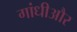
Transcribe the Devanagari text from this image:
गांधीऔर